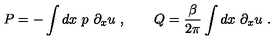
P = - \int d x \ p \ \partial _ { x } u \ , \qquad Q = { \frac { \beta } { 2 \pi } } \int d x \ \partial _ { x } u \ .